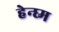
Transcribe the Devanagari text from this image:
हेन्घ्म